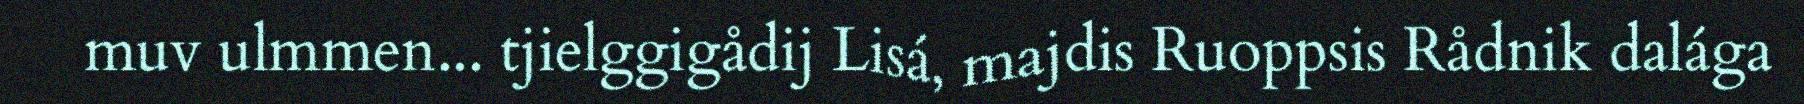
muv ulmmen... tjielggigådij Lisá, majdis Ruoppsis Rådnik dalága